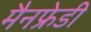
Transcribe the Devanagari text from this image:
मैनफ्रेडी